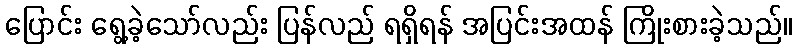
ပြောင်း ရွေ့ခဲ့သော်လည်း ပြန်လည် ရရှိရန် အပြင်းအထန် ကြိုးစားခဲ့သည်။